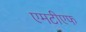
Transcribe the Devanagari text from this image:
एमटीएफ